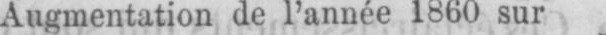
Augmentation de l’année 1860 sur